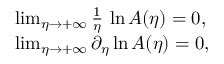
\begin{array} { l } { \operatorname* { l i m } _ { \eta \to + \infty } \frac { 1 } { \eta } \, \ln A ( \eta ) = 0 , } \\ { \operatorname* { l i m } _ { \eta \to + \infty } \partial _ { \eta } \ln A ( \eta ) = 0 , } \end{array}